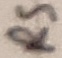
Text: RS